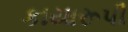
કાયારૂપી